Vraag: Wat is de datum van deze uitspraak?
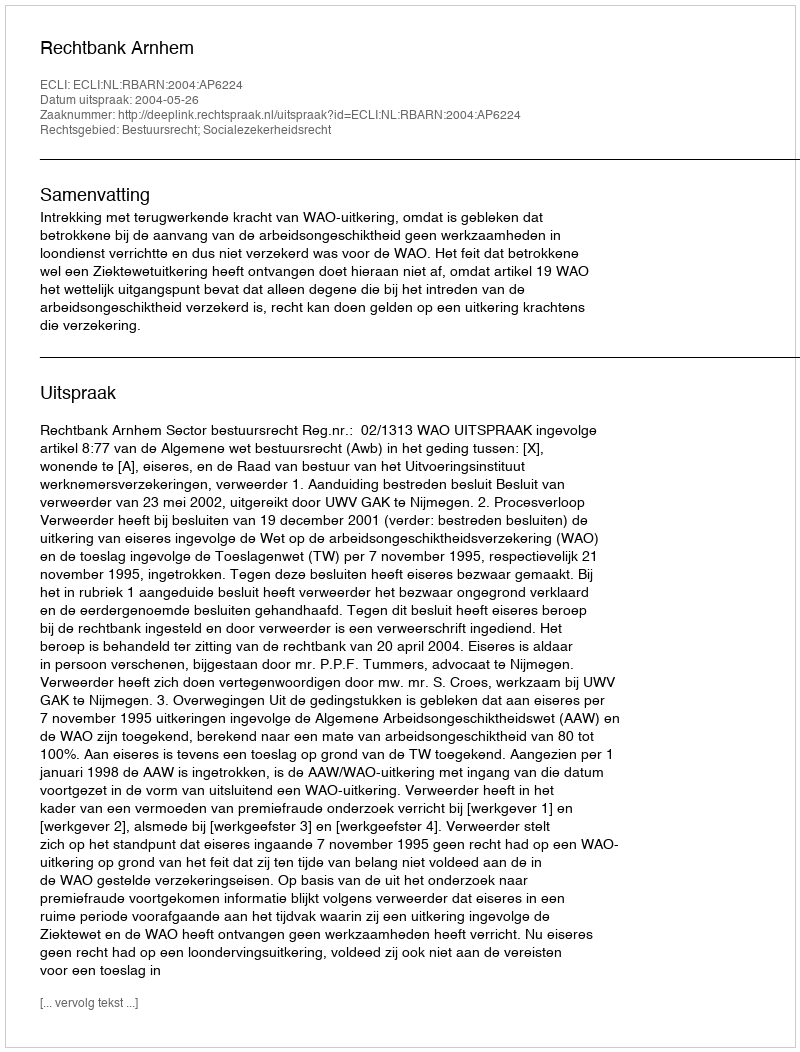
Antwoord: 2004-05-26